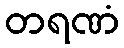
တရဏံ